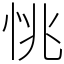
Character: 恌